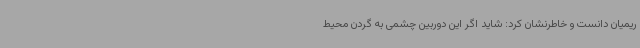
ریمیان دانست و خاطرنشان کرد: شاید اگر این دوربین چشمی به گردن محیط